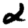
Digit: 2